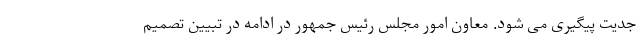
جدیت پیگیری می شود. معاون امور مجلس رئیس جمهور در ادامه در تبیین تصمیم